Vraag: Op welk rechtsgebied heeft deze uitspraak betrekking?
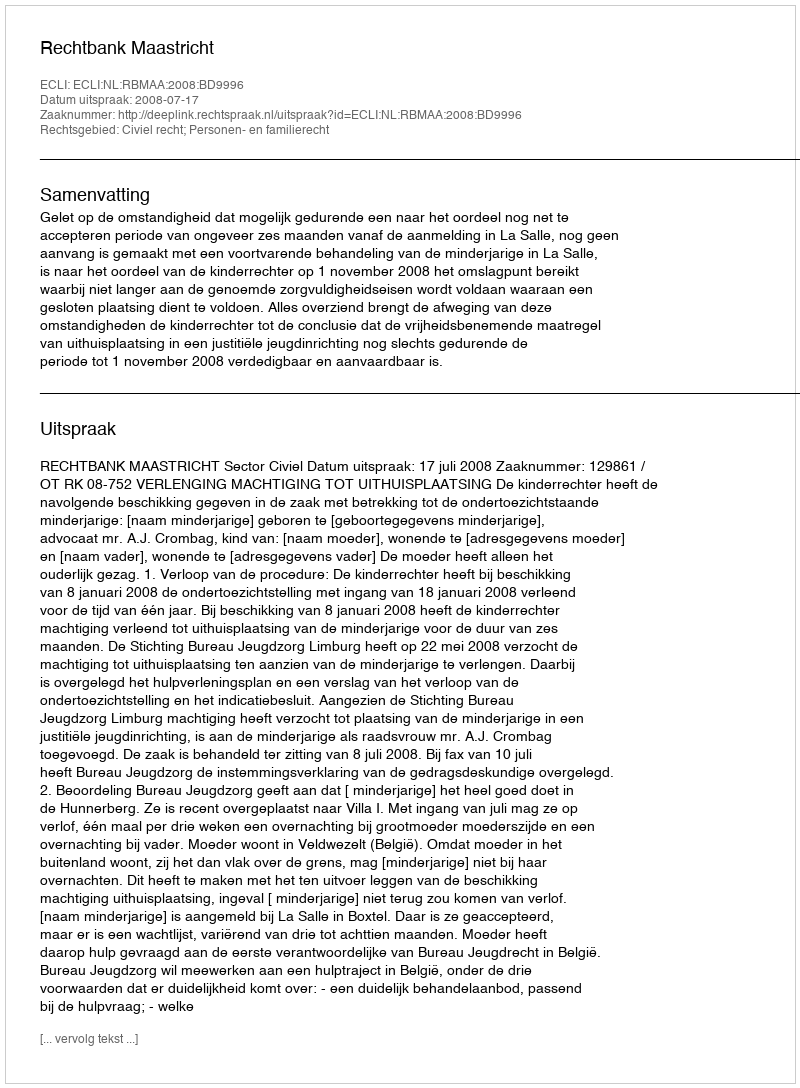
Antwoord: Civiel recht; Personen- en familierecht